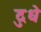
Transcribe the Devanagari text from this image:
दुधे